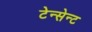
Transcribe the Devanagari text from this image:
टेन्सेन्ट